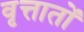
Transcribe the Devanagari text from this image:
वृत्तातों